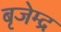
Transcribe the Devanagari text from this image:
बृजेम्द्र